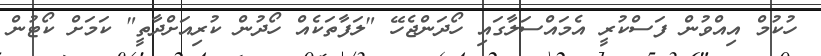
ހުކުމް އިއްވުން ފަސްކުރީ އެމައްސަލާގައި ހޯދަންޖެހޭ "ލަފާތަކެއް ހޯދުން ކުރިއަށްދާތީ" ކަމަށް ކޯޓުން